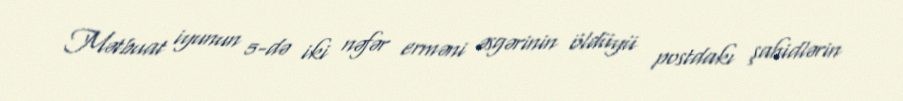
Mətbuat iyunun 5-də iki nəfər erməni əsgərinin öldüyü postdakı şahidlərin